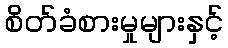
စိတ်ခံစားမှုများနှင့်